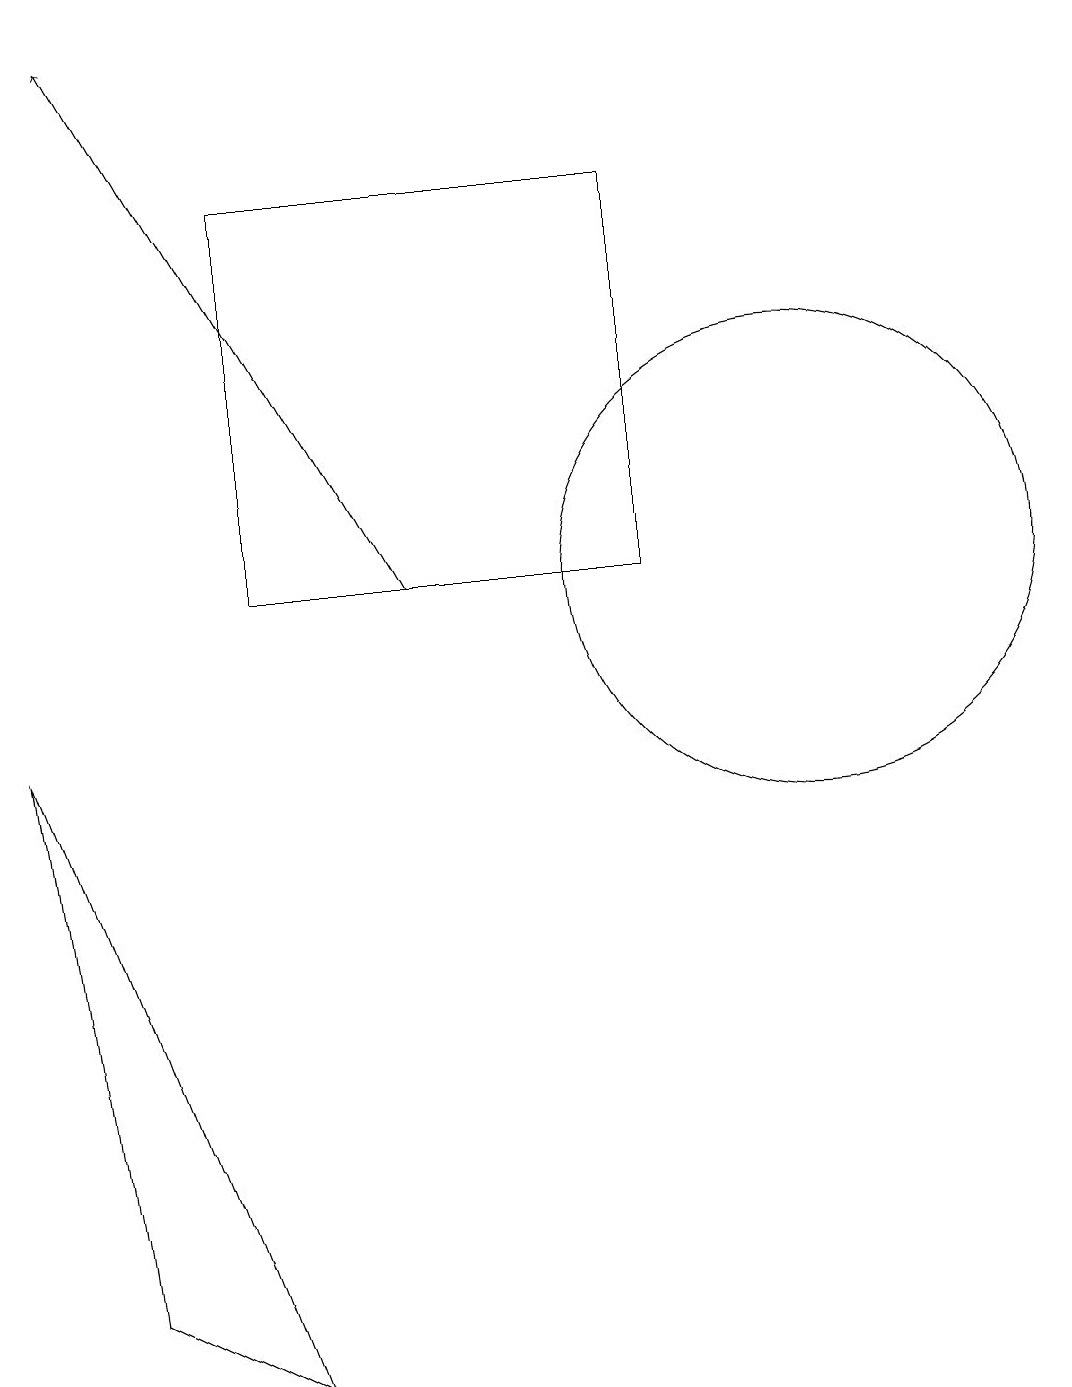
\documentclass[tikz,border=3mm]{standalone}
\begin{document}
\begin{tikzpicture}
\draw (4,1) -- (1,9) -- (2,2) -- cycle;
\draw (11,11) circle (3);
\draw (9,11) rectangle (4,16);
\draw[->] (6,11) -- (2,18);
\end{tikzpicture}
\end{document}